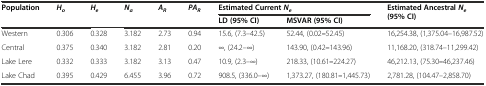
<table><thead><tr><td rowspan="2"><b>Population</b></td><td rowspan="2"><b><i>H</i><sub><i>o</i></sub></b></td><td rowspan="2"><b><i>H</i><sub><i>e</i></sub></b></td><td rowspan="2"><b><i>N</i><sub><i>a</i></sub></b></td><td rowspan="2"><b><i>A</i><sub><i>R</i></sub></b></td><td rowspan="2"><b><i>PA</i><sub><i>R</i></sub></b></td><td colspan="2"><b>Estimated Current<i>N</i><sub><i>e</i></sub></b></td><td rowspan="2"><b>Estimated Ancestral<i>N</i><sub><i>e</i></sub>(95% CI)</b></td></tr><tr><td><b>LD (95% CI)</b></td><td><b>MSVAR (95% CI)</b></td></tr></thead><tbody><tr><td>Western</td><td>0.306</td><td>0.328</td><td>3.182</td><td>2.73</td><td>0.94</td><td>15.6, (7.3–42.5)</td><td>52.44, (0.02<b>–</b>52.45)</td><td>16,254.38, (1,375.04–16,987.52)</td></tr><tr><td>Central</td><td>0.375</td><td>0.340</td><td>3.182</td><td>2.81</td><td>0.20</td><td>∞, (24.2–∞)</td><td>143.90, (0.42<b>–</b>143.96)</td><td>11,168.20, (318.74–11,299.42)</td></tr><tr><td>Lake Lere</td><td>0.332</td><td>0.333</td><td>3.182</td><td>3.13</td><td>0.47</td><td>10.9, (2.3–∞)</td><td>218.33, (10.61<b>–</b>224.27)</td><td>46,212.13, (75.30<b>–</b>46,237.46)</td></tr><tr><td>Lake Chad</td><td>0.395</td><td>0.429</td><td>6.455</td><td>3.96</td><td>0.72</td><td>908.5, (336.0–∞)</td><td>1,373.27, (180.81<b>–</b>1,445.73)</td><td>2,781.28, (104.47–2,858.70)</td></tr></tbody></table>